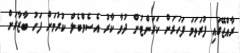
ރާއްޖޭގައި ފުރަތަމަ ފަހަރަށް ކަރަންޓުން ދުވާ ކާރު އެސެމްބެލް ކުރުމަށް ފަހު ބާޒާރަށް